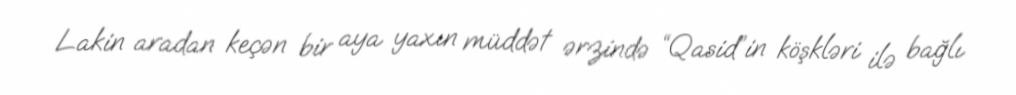
Lakin aradan keçən bir aya yaxın müddət ərzində “Qasid”in köşkləri ilə bağlı